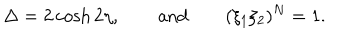
\Delta = 2 \cosh 2 \eta , \qquad \mathrm { a n d } \qquad ( \xi _ { 1 } \xi _ { 2 } ) ^ { N } = 1 .